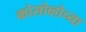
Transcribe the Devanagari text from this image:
कोसोव्होच्या